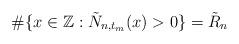
LaTeX: \begin{align*}\#\{x\in\mathbb Z:\tilde N_{n,t_m}(x)>0\}=\tilde R_n\end{align*}